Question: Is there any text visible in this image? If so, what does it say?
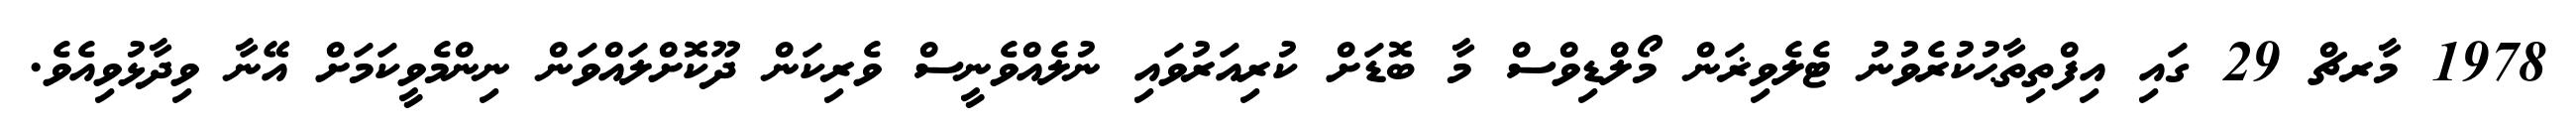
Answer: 1978 މާރޗް 29 ގައި އިފްތިތާޙުކުރެވުނު ޓެލެވިޜަން މޯލްޑިވްސް މާ ބޮޑަށް ކުރިއަރުވައި ނުލެއްވެނީސް ވެރިކަން ދޫކޮށްލައްވަން ނިންމެވީކަމަށް އޭނާ ވިދާޅުވިއެވެ.